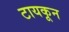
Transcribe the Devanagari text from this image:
टायकून